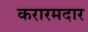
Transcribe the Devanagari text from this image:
करारमदार